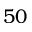
5 0